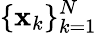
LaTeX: \{ \mathbf{x}_{k}\} _{k=1}^{N}